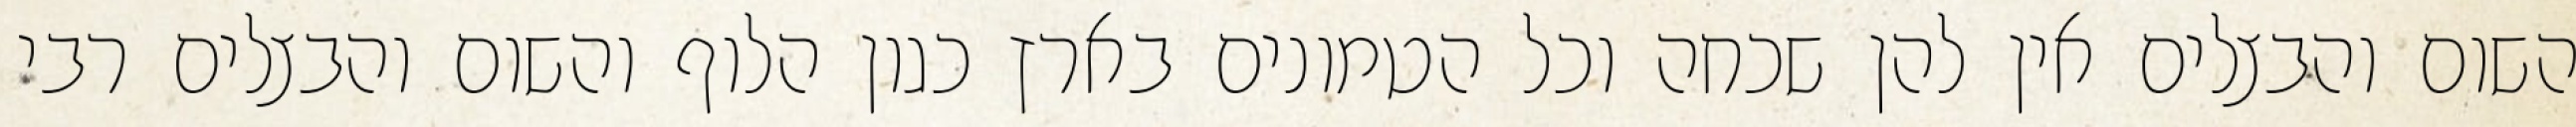
השום והבצלים אין להן שכחה וכל הטמונים בארץ כגון הלוף והשום והבצלים רבי